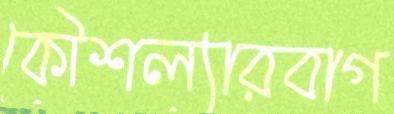
কৌশল্যারবাগ